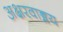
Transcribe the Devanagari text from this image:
अक्षरवाङ्मय